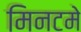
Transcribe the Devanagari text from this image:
मिनटमे